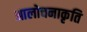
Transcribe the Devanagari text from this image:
आलोचनाकृति